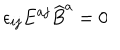
LaTeX: \epsilon _ { i j } E ^ { a j } \widehat B ^ { a } = 0